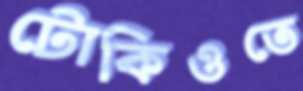
টোকিওতে